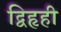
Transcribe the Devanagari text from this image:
द्विहृही